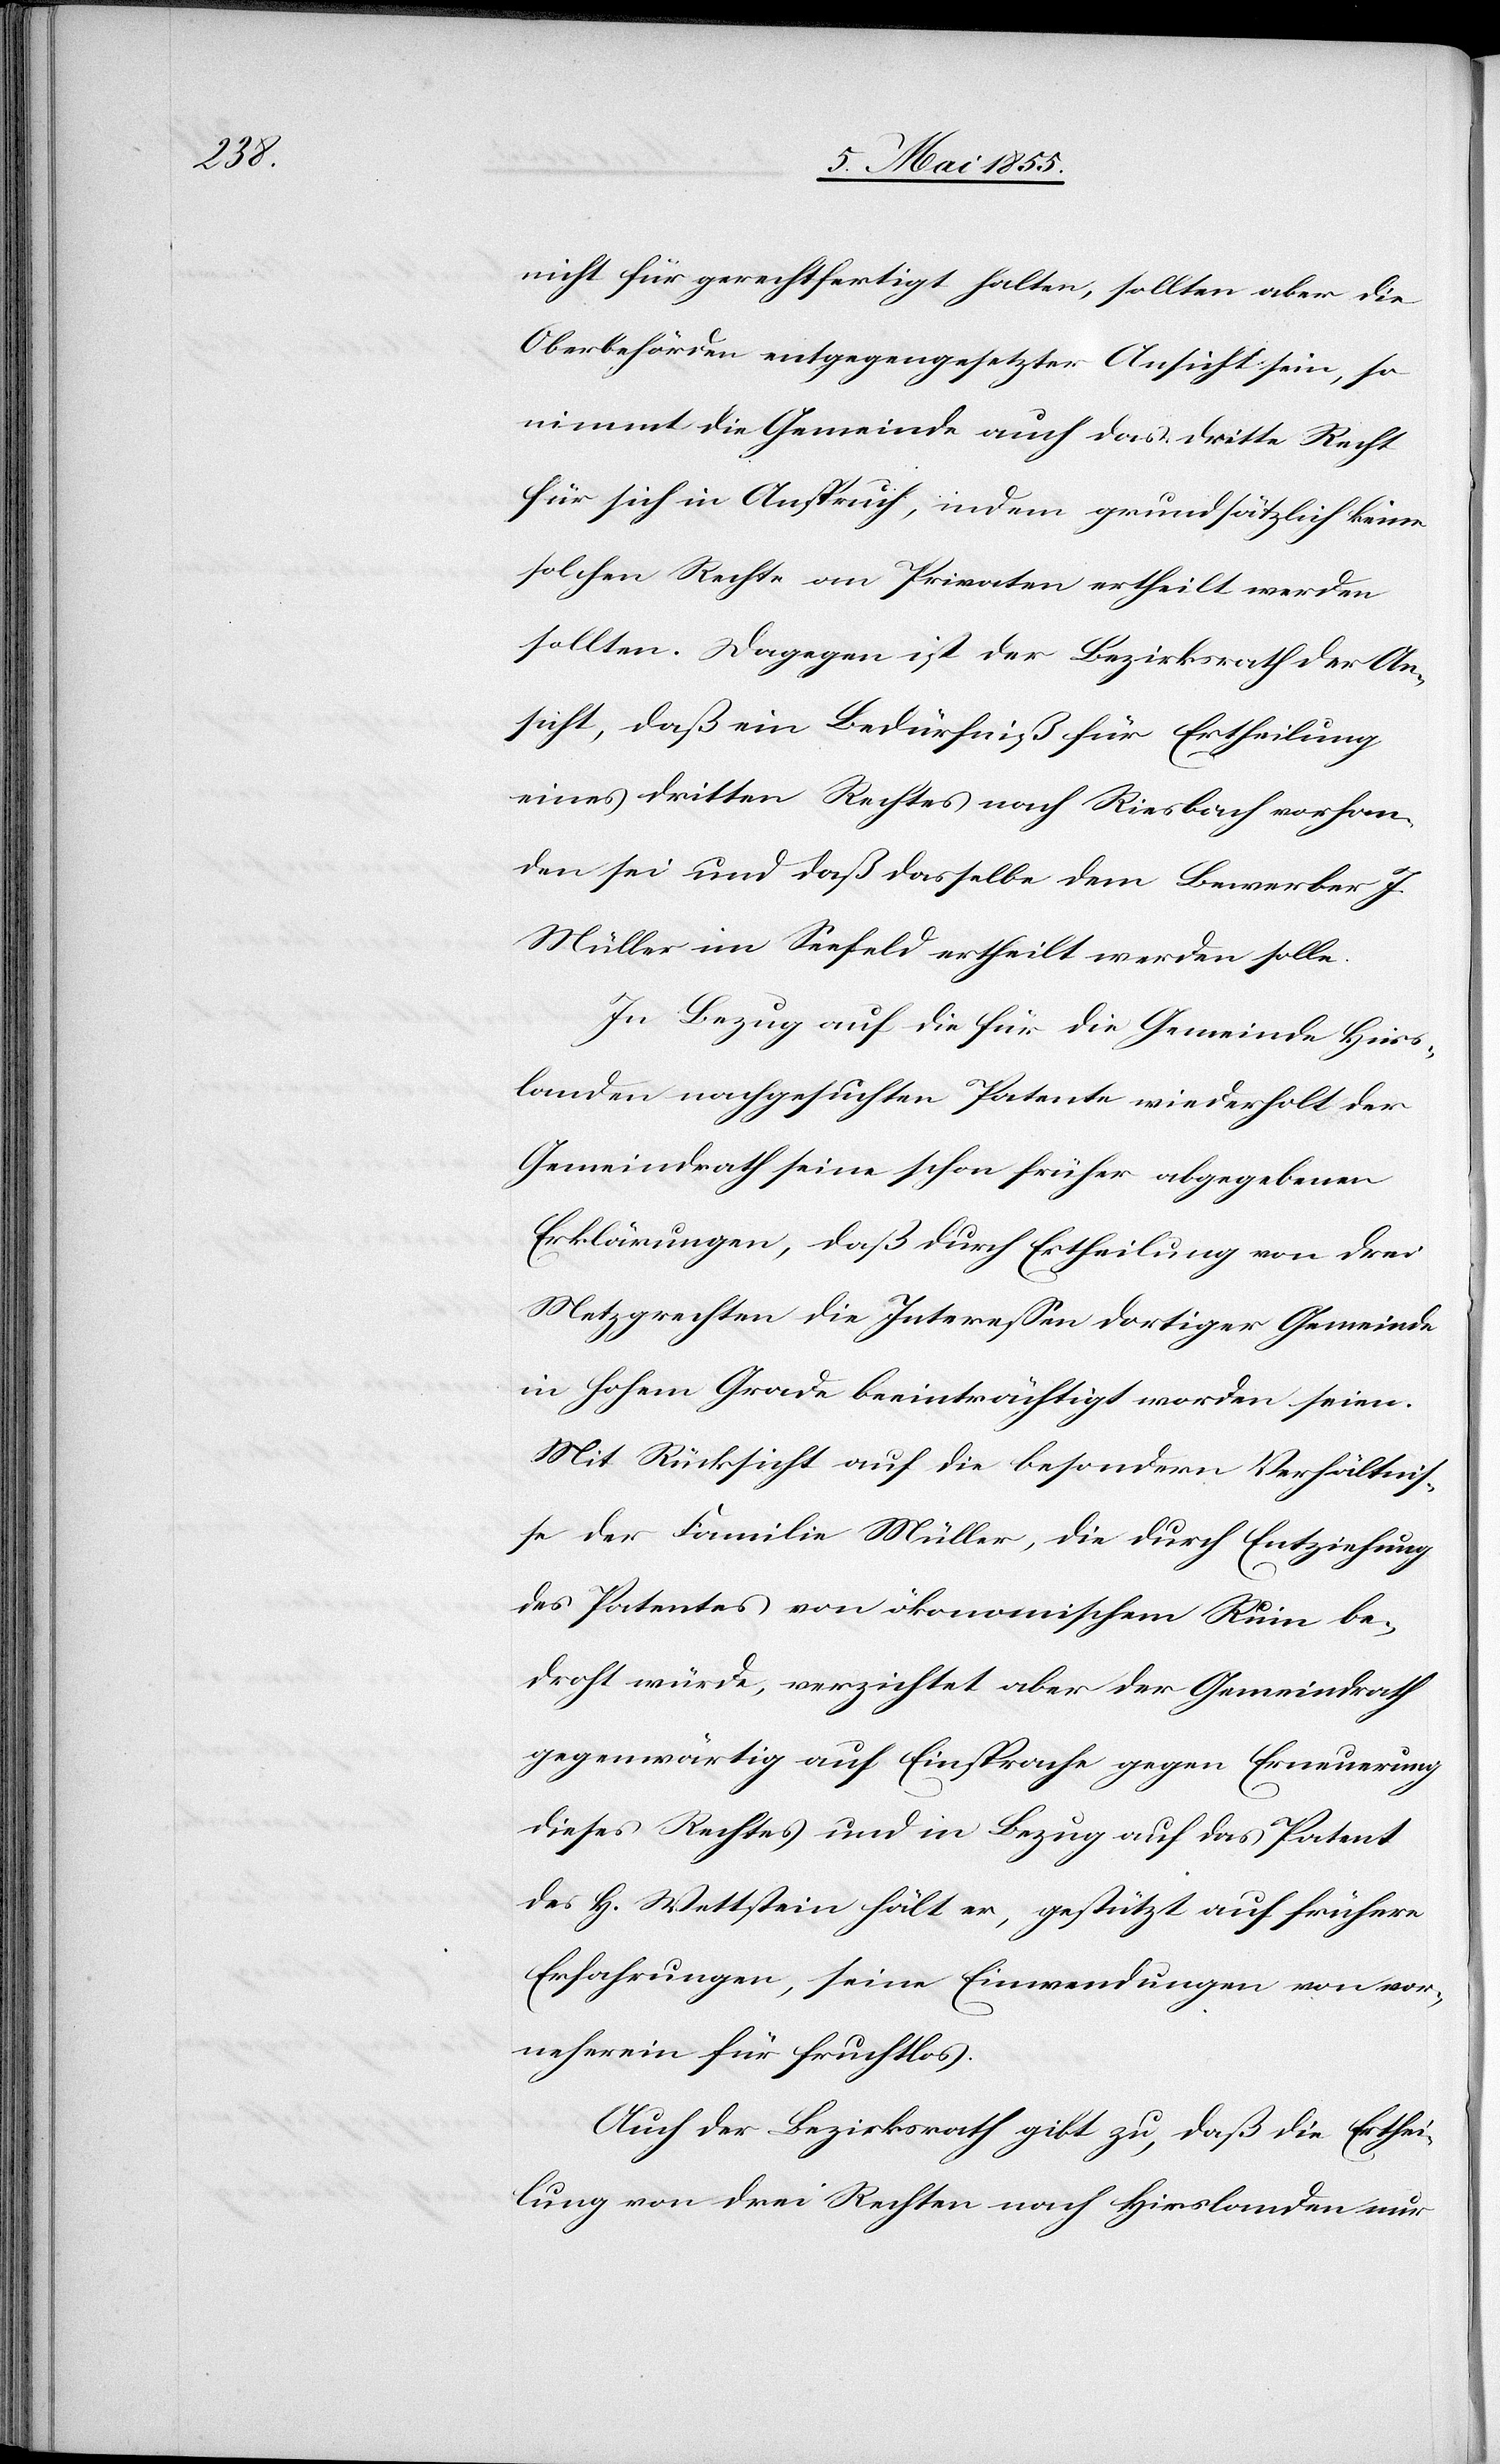
nicht für gerechtfertigt halten, sollten aber die
Oberbehörden entgegengesetzter Ansicht sein, so
nimmt die Gemeinde auch das dritte Recht
für sich in Anspruch, indem grundsätzlich keine
solchen Rechte an Privaten ertheilt werden
sollten. Dagegen ist der Bezirksrath der An¬
sicht, daß ein Bedürfniß für Ertheilung
eines dritten Rechtes nach Riesbach vorhan¬
den sei und daß dasselbe dem Bewerber J.
Müller im Seefeld ertheilt werden solle.
In Bezug auf die für die Gemeinde Hirs¬
landen nachgesuchten Patente wiederholt der
Gemeindrath seine schon früher abgegebenen
Erklärungen, daß durch Ertheilung von drei
Metzgrechten die Interessen dortiger Gemeinde
in hohem Grade beeinträchtigt worden seien.
Mit Rücksicht auf die besondern Verhältnis¬
se der Familie Müller, die durch Entziehung
des Patentes von ökonomischem Ruin be¬
droht würde, verzichtet aber der Gemeindrath
gegenwärtig auf Einsprache gegen Erneuerung
dieses Rechtes und in Bezug auf das Patent
des H. Wettstein hält er, gestützt auf frühere
Erfahrungen, seine Einwendungen von vor¬
neherein für fruchtlos.
Auch der Bezirksrath gibt zu, daß die Erthei¬
lung von drei Rechten nach Hirslanden nur